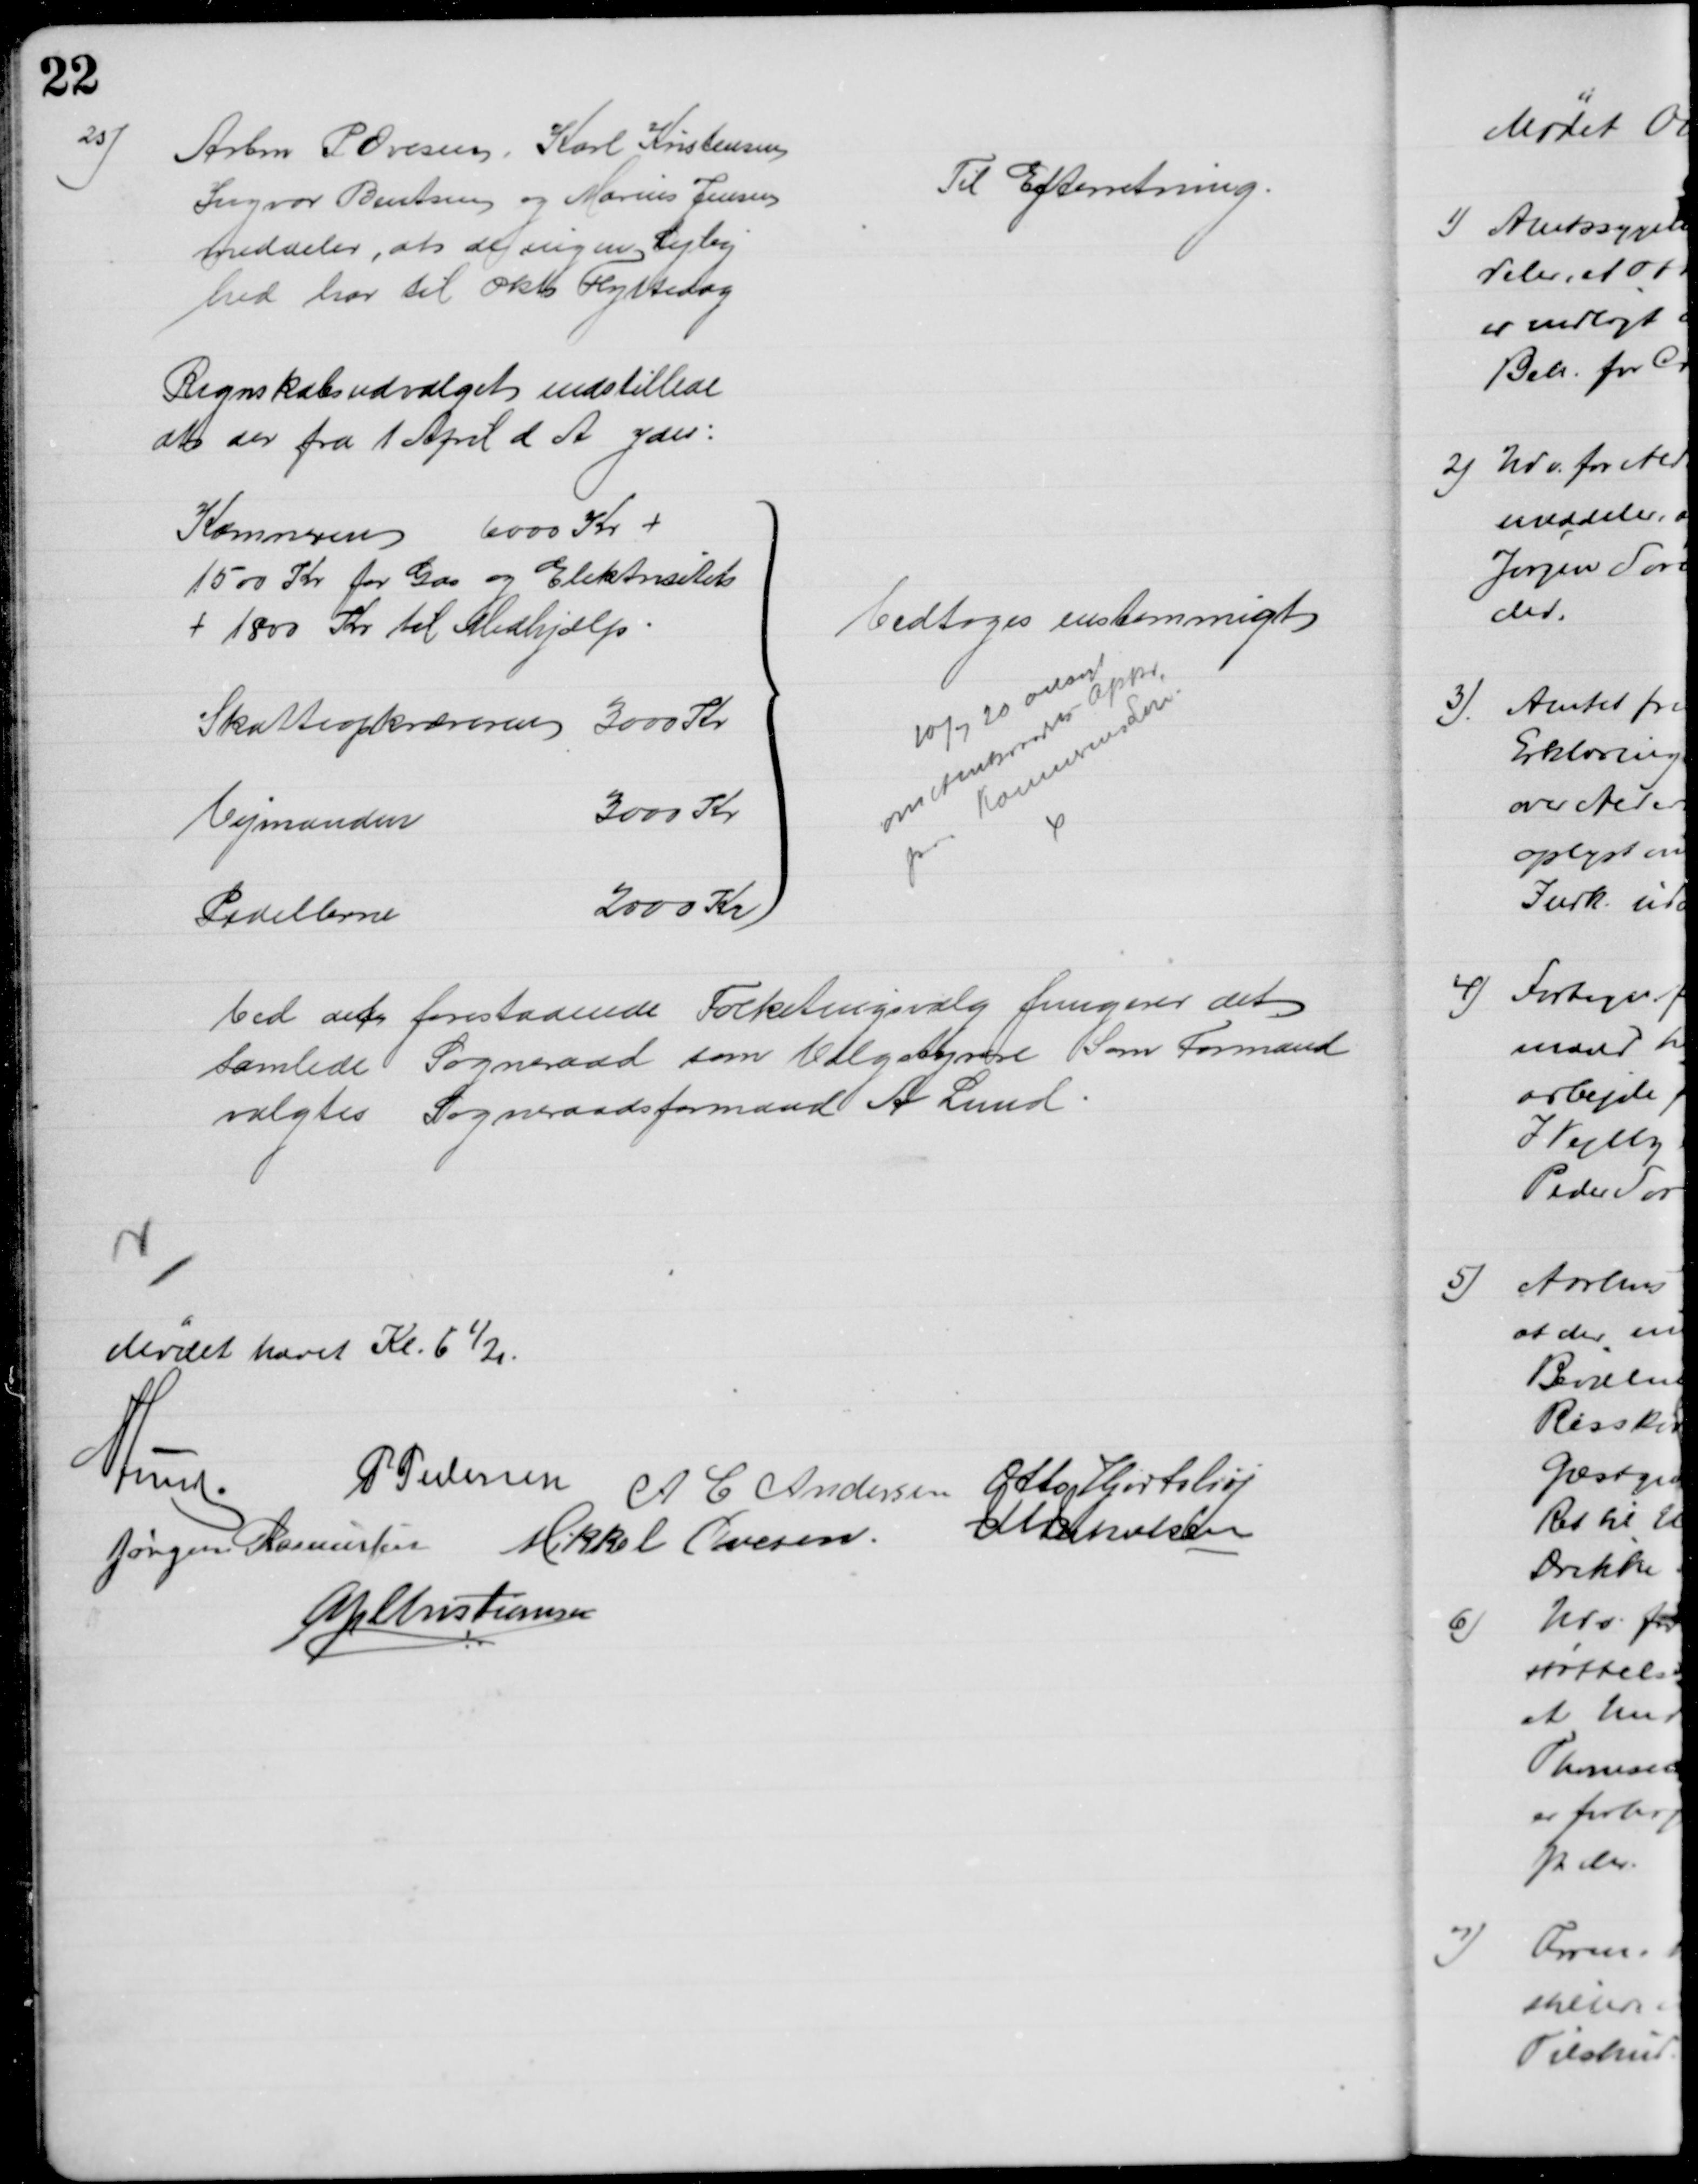
Transskription:
25)
Arbm P Ovesen, Karl Kristensen
Ingvar Bentsen og Marius Jensen
meddeler, at de ingen Lejlig
hed har til Okt Flyttedag
Til Efterretning.
Regnskabsudvalget indstillede
at der fra 1 April d A ydes:
Kæmneren 6000 Kr +
1500 Kr for Gas og Elektricitet
+ 1800 Kr til Medhjælp
Skatteopkræveren 3000 Kr
Vejmanden
3000 Kr
Pedellerne
2000 Kr
Vedtoges enstemmigt
10/7 20 ansøgt
om Amtsraadets Appr
paa Kæmnerens Løn.
Ved det forestaaende Folketingsvalg fungerer det
samlede Sogneraad som Valgstyrere Som Formand
valgtes Sogneraadsformand A Lund
Mødet hævet Kl. 6½.
A Lund.
P Pedersen
A C Andersen Otto Hjortshøj
Jørgen Rasmussen Mikkel Ovesen.
J M Jakobsen
A P Christiansen